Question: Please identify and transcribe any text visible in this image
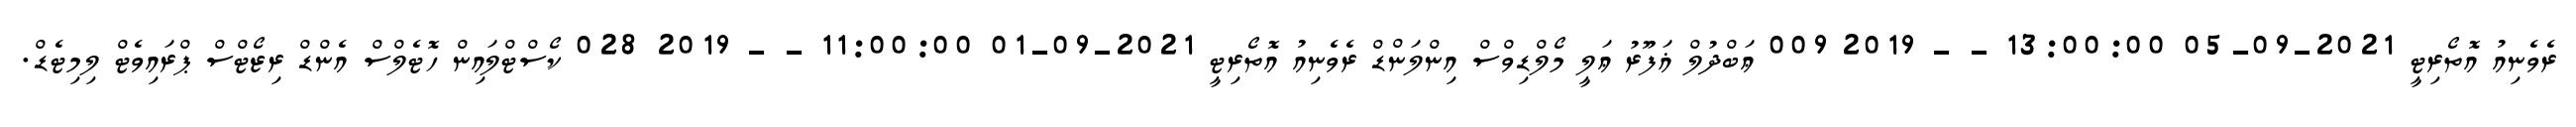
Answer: ރެވެނިއު އޮތޯރިޓީ 2021-09-05 13:00:00 - - 2019 009 ޢަބްދުލް ޣަފޫރު ޢަލީ މޯލްޑިވްސް އިންލަންޑް ރެވެނިއު އޮތޯރިޓީ 2021-09-01 11:00:00 - - 2019 028 ކޯސްޓްލައިން ހޮޓެލްސް އެންޑް ރިޒޯޓްސް ޕްރައިވެޓް ލިމިޓެޑް.